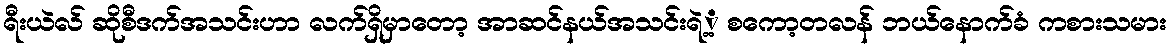
ရီးယဲလ် ဆိုစီဒက်အသင်းဟာ လက်ရှိမှာတော့ အာဆင်နယ်အသင်းရဲ့့ စကော့တလန် ဘယ်နောက်ခံ ကစားသမား